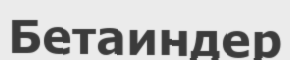
Бетаиндер